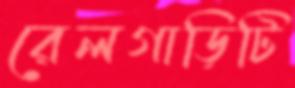
রেলগাড়িটি